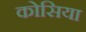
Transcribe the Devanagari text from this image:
कोसिया